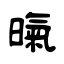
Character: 暣